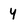
Character: Y